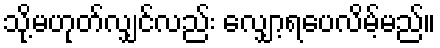
သို့မဟုတ်လျှင်လည်း လျှော့ရပေလိမ့်မည်။